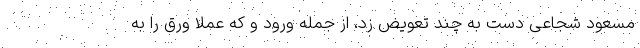
مسعود شجاعی دست به چند تعویض زد، از جمله ورود و که عملاً ورق را به